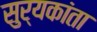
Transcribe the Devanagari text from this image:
सुर्यकांता